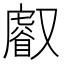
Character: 𠮈